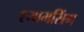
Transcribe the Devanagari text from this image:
श्यामसिंग